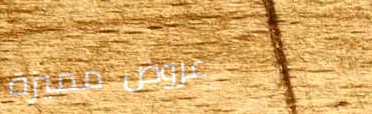
عروض مميزة